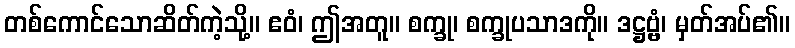
တစ်ကောင်သောဆိတ်ကဲ့သို့။ ဧဝံ၊ ဤအတူ။ စက္ခု၊ စက္ခုပသာဒကို။ ဒဋ္ဌဗ္ဗံ၊ မှတ်အပ်၏။